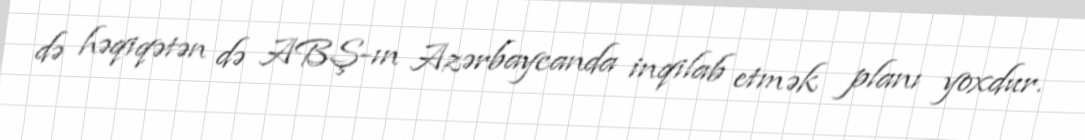
də həqiqətən də ABŞ-ın Azərbaycanda inqilab etmək planı yoxdur.